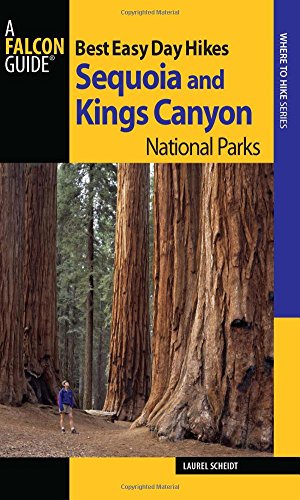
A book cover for Best Easy Day Hikes Sequoia and Kings Canyon National Parks (Best Easy Day Hikes Series); Laurel Scheidt; Travel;